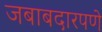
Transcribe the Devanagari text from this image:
जबाबदारपणे